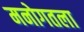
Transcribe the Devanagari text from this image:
मनोगतला